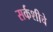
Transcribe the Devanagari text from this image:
सर्कशीचे